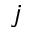
j